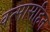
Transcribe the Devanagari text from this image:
वत्सासहित